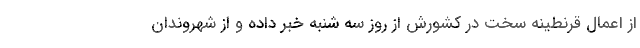
از اعمال قرنطینه سخت در کشورش از روز سه شنبه خبر داده و از شهروندان